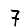
Digit: 7